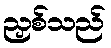
ညှစ်သည်